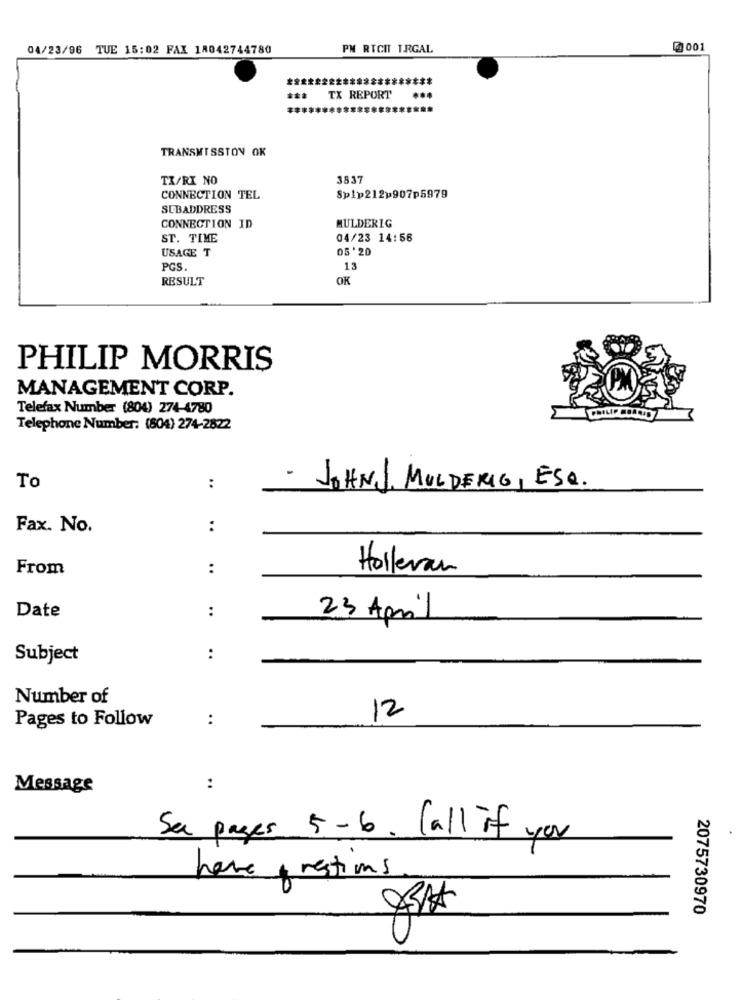
04/23/96 TUE 15:02 FAX 18042744780
PN RICIT T.RGAL
₡001
*****
TX REPORT
...
TRANSMISSTON OK
TX/RI NO
3537
CONNECTION TEL
Splp212p907p5979
SUBADDRESS
CONNECTION ID
MULDERIG
ST. TIME
04/23 14:56
USAGE T
05'20
PGS.
13
RESULT
OK
PHILIP MORRIS
MANAGEMENT CORP.
Telefax Number (804) 274-4780
Telephone Number: (804) 274-2822
To
:
- JOHNJ MULDERIG, ESQ.
Fax. No.
:
From
:
Holleran
Date
:
23 April
Subject
:
Number of
Pages to Follow
:
12
Message
..
Se pages 5-6. Call if you
have, restions
2075730970